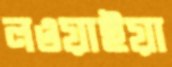
লওয়াইয়া